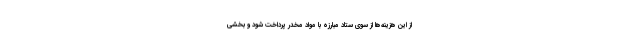
از این هزینه‌ها از سوی ستاد مبارزه با مواد مخدر پرداخت شود و بخشی